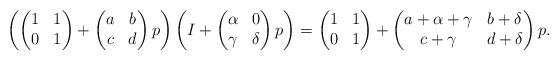
LaTeX: \begin{align*}\left( \begin{pmatrix} 1 & 1 \\ 0 & 1 \end{pmatrix} + \begin{pmatrix} a & b \\ c & d \end{pmatrix} p \right) \left( I + \begin{pmatrix} \alpha & 0 \\ \gamma & \delta \end{pmatrix} p \right) = \begin{pmatrix} 1 & 1 \\ 0 & 1 \end{pmatrix} + \begin{pmatrix} a + \alpha + \gamma & b + \delta \\ c + \gamma & d + \delta \end{pmatrix} p.\end{align*}